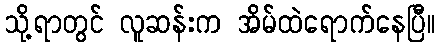
သို့ရာတွင် လူဆန်းက အိမ်ထဲရောက်နေပြီ။